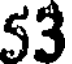
53